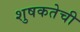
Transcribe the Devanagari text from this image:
शुषकतेची